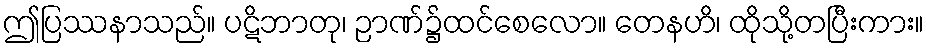
ဤပြဿနာသည်။ ပဋိဘာတု၊ ဉာဏ်၌ထင်စေလော။ တေနဟိ၊ ထိုသို့တပြီးကား။